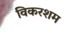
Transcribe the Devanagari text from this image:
विकरशम